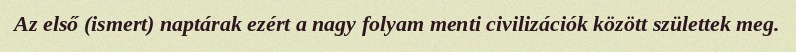
Az első (ismert) naptárak ezért a nagy folyam menti civilizációk között születtek meg.